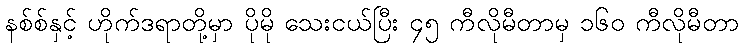
နစ်စ်နှင့် ဟိုက်ဒရာတို့မှာ ပိုမို သေးငယ်ပြီး ၄၅ ကီလိုမီတာမှ ၁၆၀ ကီလိုမီတာ